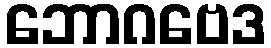
ဘောဂဗေဒ